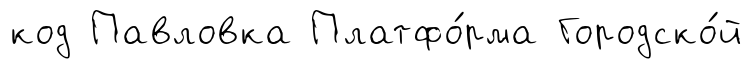
код Павловка Платфо́рма Городско́й